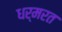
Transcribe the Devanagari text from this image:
धर्मरत